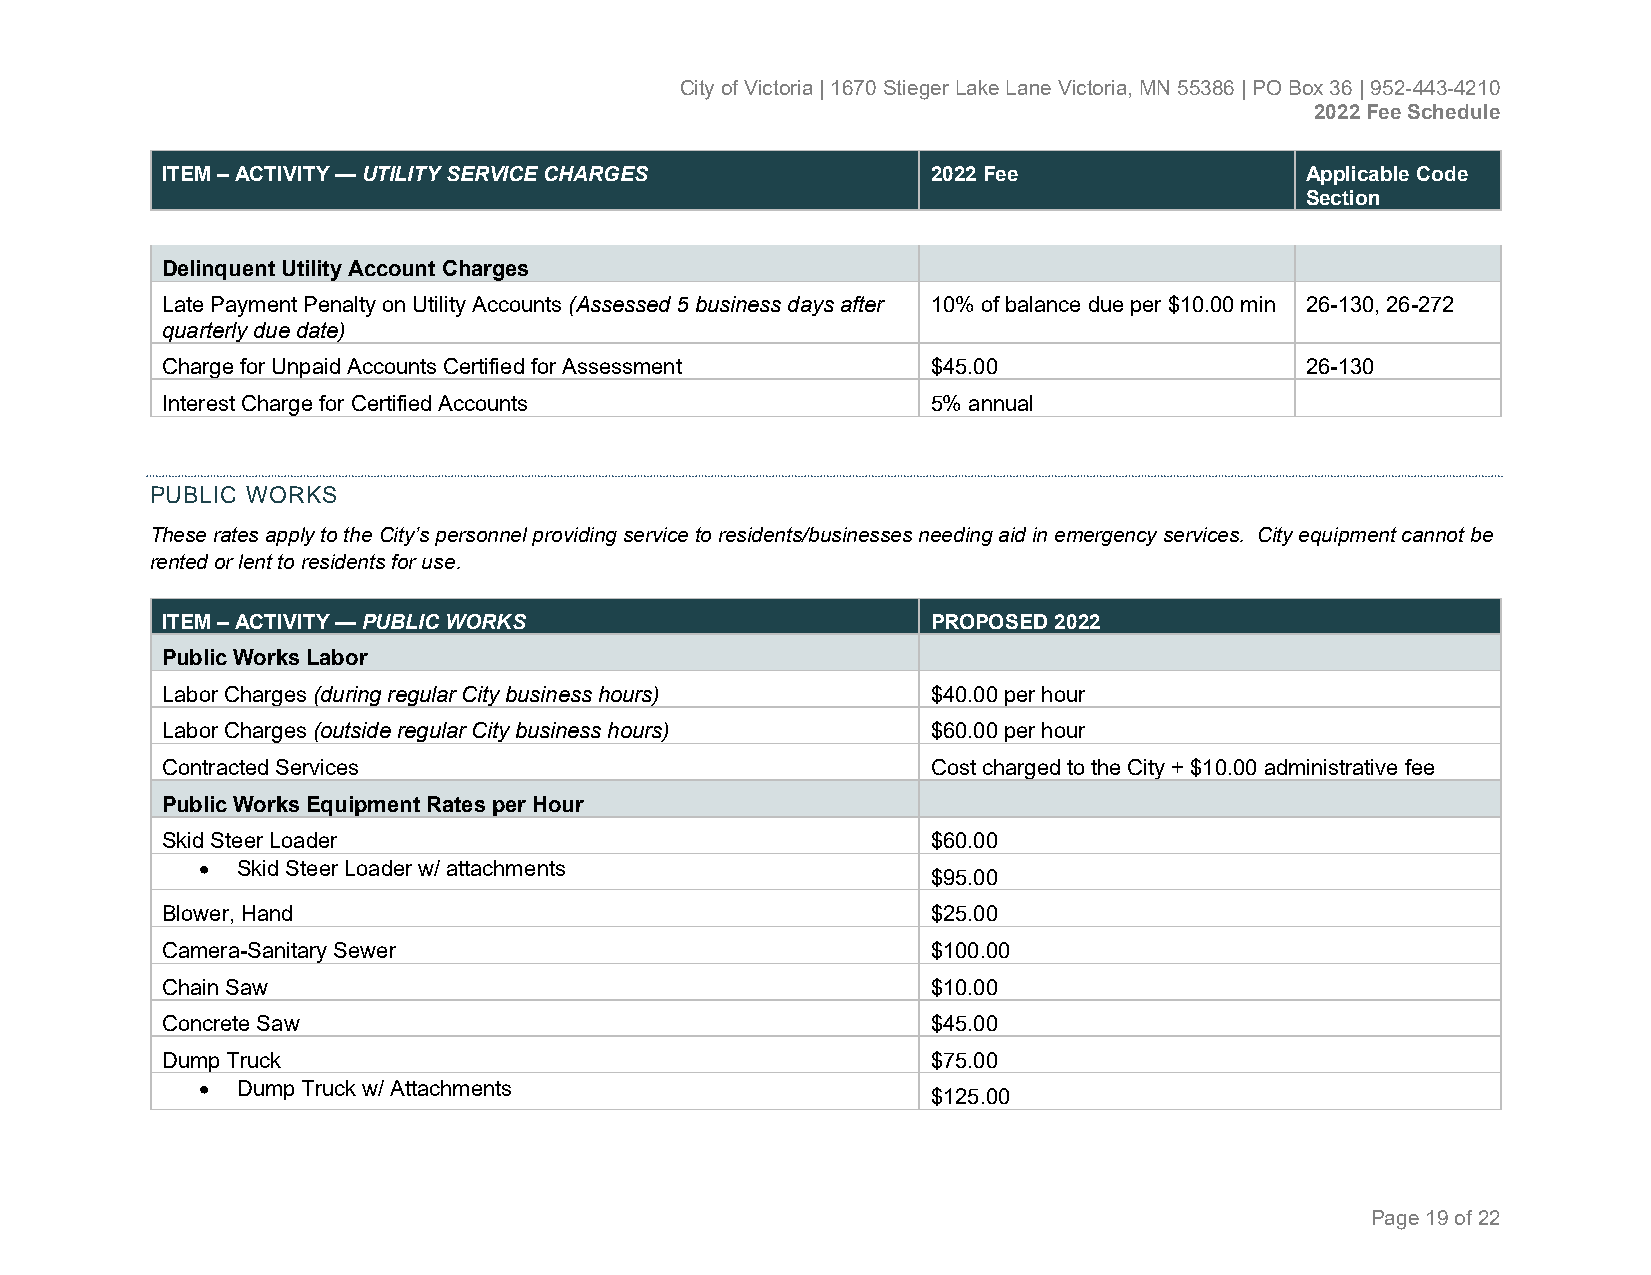
City of Victoria | 1670 Stieger Lake Lane Victoria, MN 55386 | PO Box 36 | 952-443-4210
 2022 Fee Schedule
 ITEM – ACTIVITY — UTILITY SERVICE CHARGES          2022 Fee                Applicable Code
 Section
 Delinquent Utility Account Charges
 Late Payment Penalty on Utility Accounts (Assessed 5 business days after 10% of balance due per $10.00 min 26-130, 26-272
 quarterly due date)
 Charge for Unpaid Accounts Certified for Assessment $45.00                 26-130
 Interest Charge for Certified Accounts             5% annual
 PUBLIC WORKS
 These rates apply to the City’s personnel providing service to residents/businesses needing aid in emergency services. City equipment cannot be
 rented or lent to residents for use.
 ITEM – ACTIVITY — PUBLIC WORKS                     PROPOSED 2022
 Public Works Labor
 Labor Charges (during regular City business hours) $40.00 per hour
 Labor Charges (outside regular City business hours) $60.00 per hour
 Contracted Services                                Cost charged to the City + $10.00 administrative fee
 Public Works Equipment Rates per Hour
 Skid Steer Loader                                  $60.00
 •  Skid Steer Loader w/ attachments
 $95.00
 Blower, Hand                                       $25.00
 Camera-Sanitary Sewer                              $100.00
 Chain Saw                                          $10.00
 Concrete Saw                                       $45.00
 Dump Truck                                         $75.00
 •  Dump Truck w/ Attachments
 $125.00
 Page 19 of 22